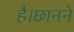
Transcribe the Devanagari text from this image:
है।छानने